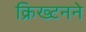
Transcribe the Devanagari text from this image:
क्रिख्टनने